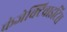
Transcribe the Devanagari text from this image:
कंजेक्टिवाइटिस